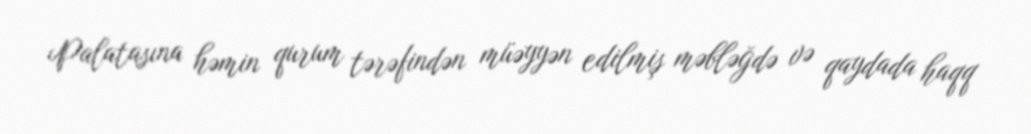
Palatasına həmin qurum tərəfindən müəyyən edilmiş məbləğdə və qaydada haqq